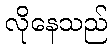
လိုနေသည်